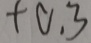
+ 0 . 3